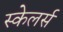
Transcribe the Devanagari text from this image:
स्केलर्स